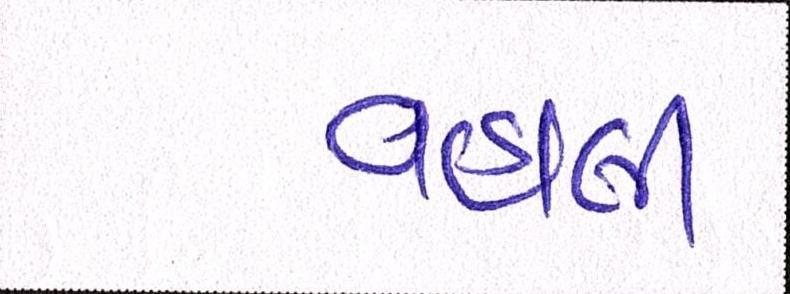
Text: વહાવી